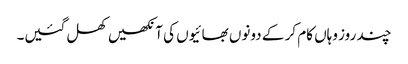
چند روز وہاں کام کر کے دونوں بھائیوں کی آنکھیں کھل گئیں۔